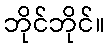
ဘိုင်ဘိုင်။